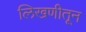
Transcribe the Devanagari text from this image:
लिखणीतून